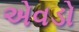
એવડો